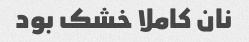
نان کاملا خشک بود